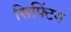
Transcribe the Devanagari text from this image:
सिफ्टिंग